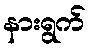
နားရွက်